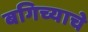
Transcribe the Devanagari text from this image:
बगिच्याचे